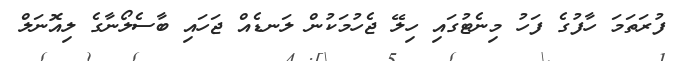
ފުރަތަމަ ހާފުގެ ފަހު މިނެޓުގައި ހިލޭ ޖެހުމަކުން ލަނޑެއް ޖަހައި ބާސެލޯނާގެ ލިއޮނަލް